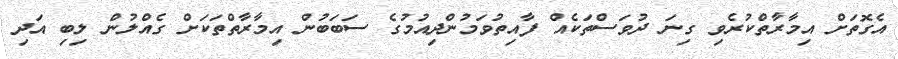
އެގޮތަށް އިމާރާތްކުރެވި ގިނަ ދުވަސްތަކެއް ފާއިތުވަމުންދިއުމުގެ ސަބަބުން އިމާރާތްތަކަށް ގެއްލުން ލިބި އަދި